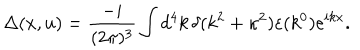
LaTeX: \Delta ( x , u ) = \frac { - i } { ( 2 \pi ) ^ { 3 } } \int d ^ { 4 } k \, \delta ( k ^ { 2 } + \kappa ^ { 2 } ) \varepsilon ( k ^ { 0 } ) e ^ { i k x } .